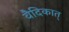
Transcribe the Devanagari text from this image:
वैदिकात्